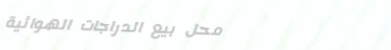
محل بيع الدراجات الهوائية